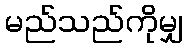
မည်သည်ကိုမျှ